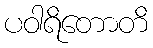
ပဝါရိတောတိ